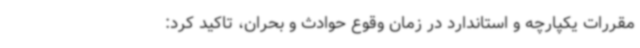
مقررات یکپارچه و استاندارد در زمان وقوع حوادث و بحران، تاکید کرد: